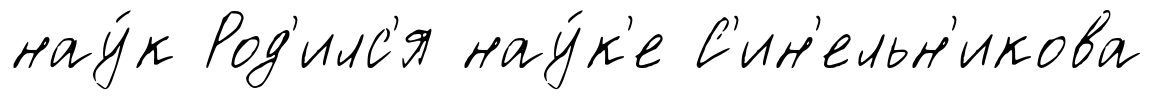
нау́к Род'илс'я нау́к'е С'ин'ельн'икова